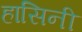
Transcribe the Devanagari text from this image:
हासिनी